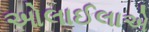
ઓલાઈલાએ